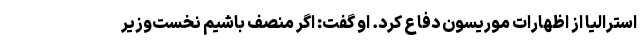
استرالیا از اظهارات موریسون دفاع کرد. او گفت: اگر منصف باشیم نخست‌وزیر